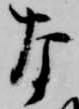
な